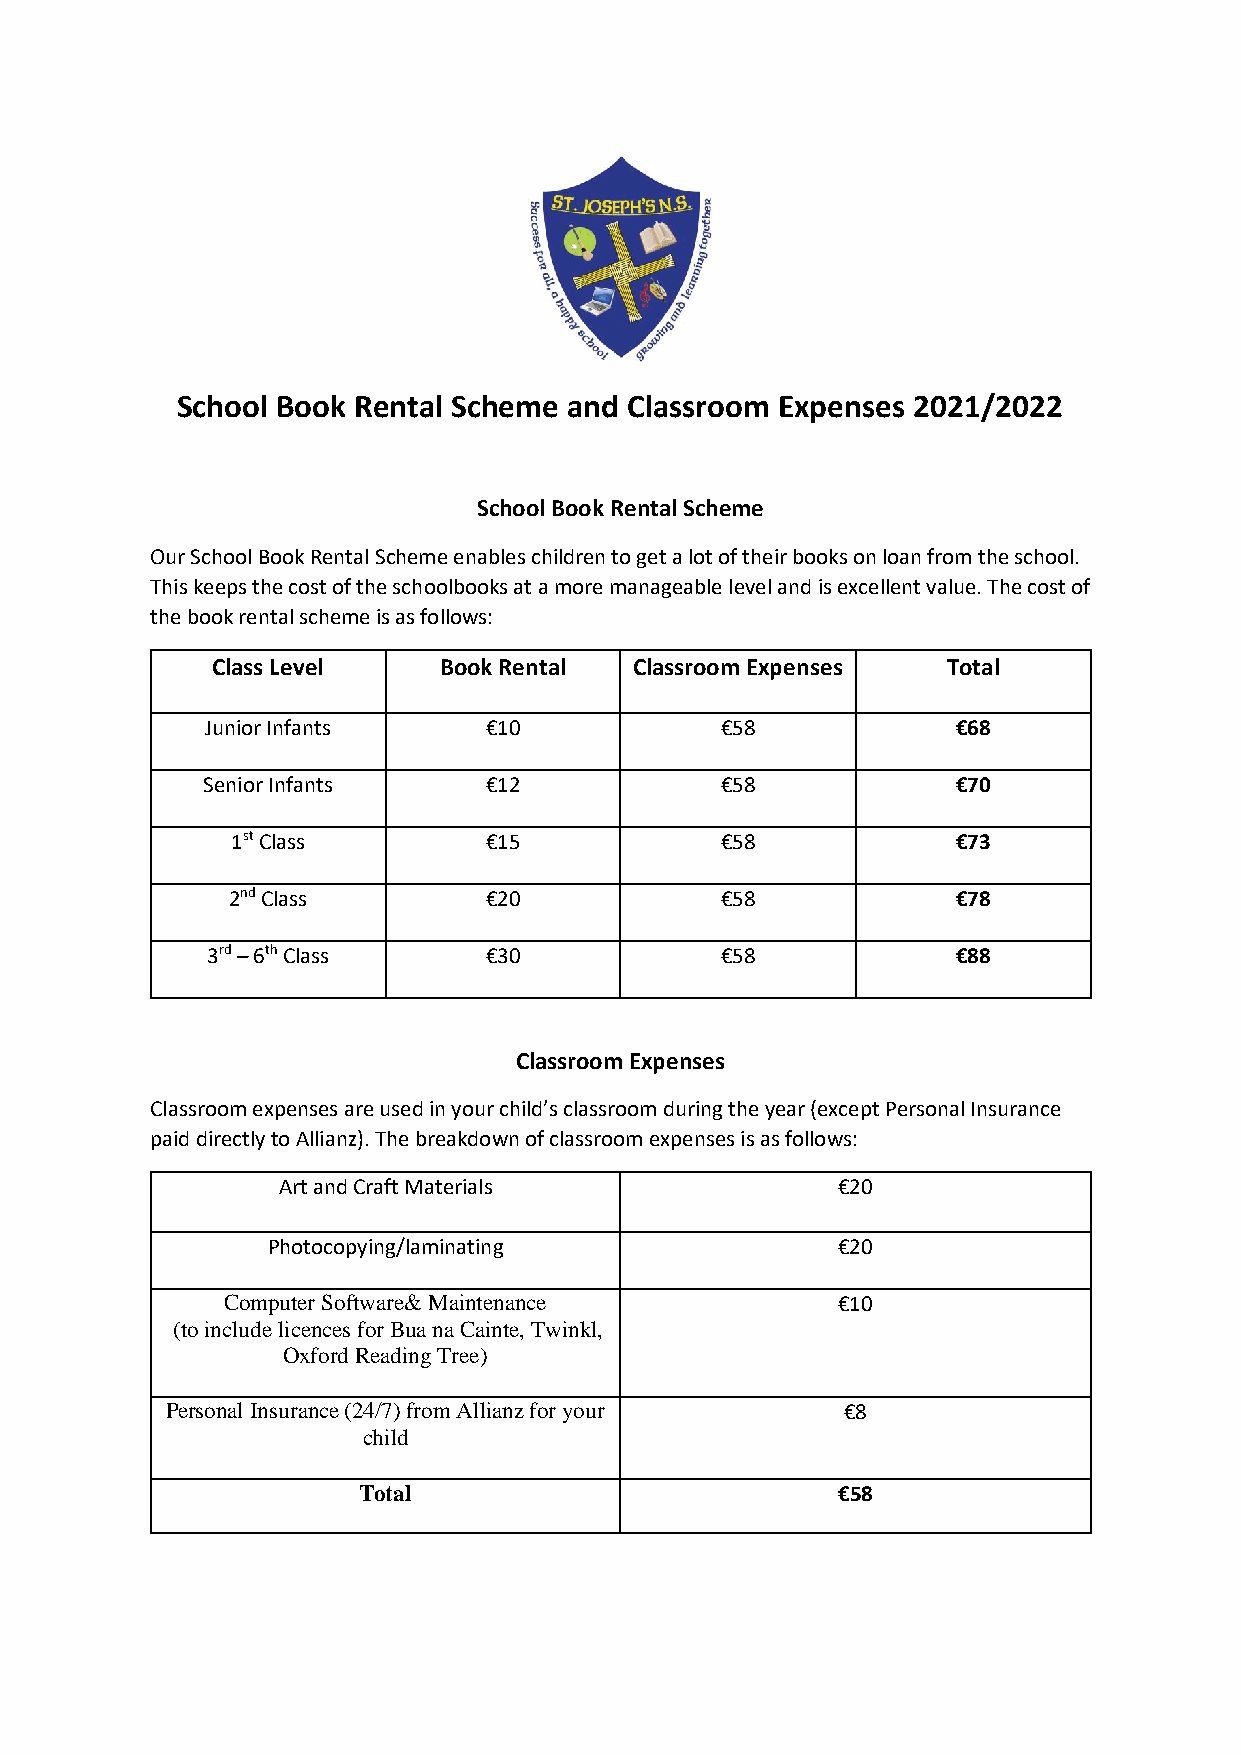
School Book Rental Scheme and Classroom Expenses 2021/2022
 School Book Rental Scheme
 Our School Book Rental Scheme enables children to get a lot of their books on loan from the school.
 This keeps the cost of the schoolbooks at a more manageable level and is excellent value. The cost of
 the book rental scheme is as follows:
 Class Level    Book Rental  Classroom Expenses   Total
 Junior Infants    €10             €58            €68
 Senior Infants     €12             €58            €70
 1st Class        €15             €58            €73
 2nd Class        €20             €58            €78
 3rd – 6th Class   €30             €58            €88
 Classroom Expenses
 Classroom expenses are used in your child’s classroom during the year (except Personal Insurance
 paid directly to Allianz). The breakdown of classroom expenses is as follows:
 Art and Craft Materials              €20
 Photocopying/laminating              €20
 Computer Software& Maintenance          €10
 (to include licences for Bua na Cainte, Twinkl,
 Oxford Reading Tree)
 Personal Insurance (24/7) from Allianz for your €8
 child
 Total                          €58